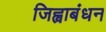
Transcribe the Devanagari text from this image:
जिह्वाबंधन